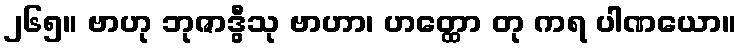
၂၆၅။ ဗာဟု ဘုဇာဒွီသု ဗာဟာ၊ ဟတ္ထော တု ကရ ပါဏယော။